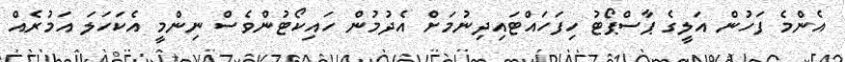
އެންމެ ފަހުން އަލީގެ ޕާސްޕޯޓު ހިފަހައްޓައިދިނުމަށް އެދުމުން ހައިކޯޓުންވެސް ނިންމީ އެކަހަލަ އަމުރެއް